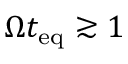
\Omega t _ { \mathrm { e q } } \gtrsim 1